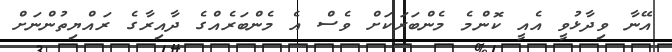
އޭނާ ވިދާޅުވީ އެއީ ކޮންމެ މެންބަރަކަށް ވެސް އެ މެންބަރެއްގެ ދާއިރާގެ ރައްޔިތުންނަށް